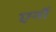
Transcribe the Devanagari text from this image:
एर्नो